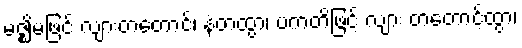
မဇ္ဈိမဖြင့် လျားတတောင်၊ နံတထွာ၊ ပကတိဖြင့် လျား တတောင့်ထွာ၊